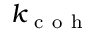
k _ { \mathrm { ~ c ~ o ~ h ~ } }